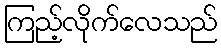
ကြည့်လိုက်လေသည်